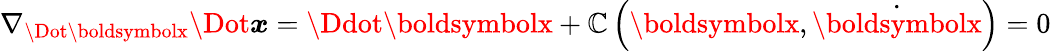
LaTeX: \nabla_{\Dot{\boldsymbolx}}\Dot{\boldsymbol{x}}=\Ddot{\boldsymbolx}+\mathbb{C}\left(\boldsymbolx,\dot{{\boldsymbolx}}\right)=0